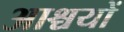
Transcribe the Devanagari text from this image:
आश्चयों